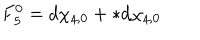
F _ { \it 5 } ^ { 0 } = d \chi _ { { \it 4 } , 0 } + * d \chi _ { { \it 4 } , 0 }